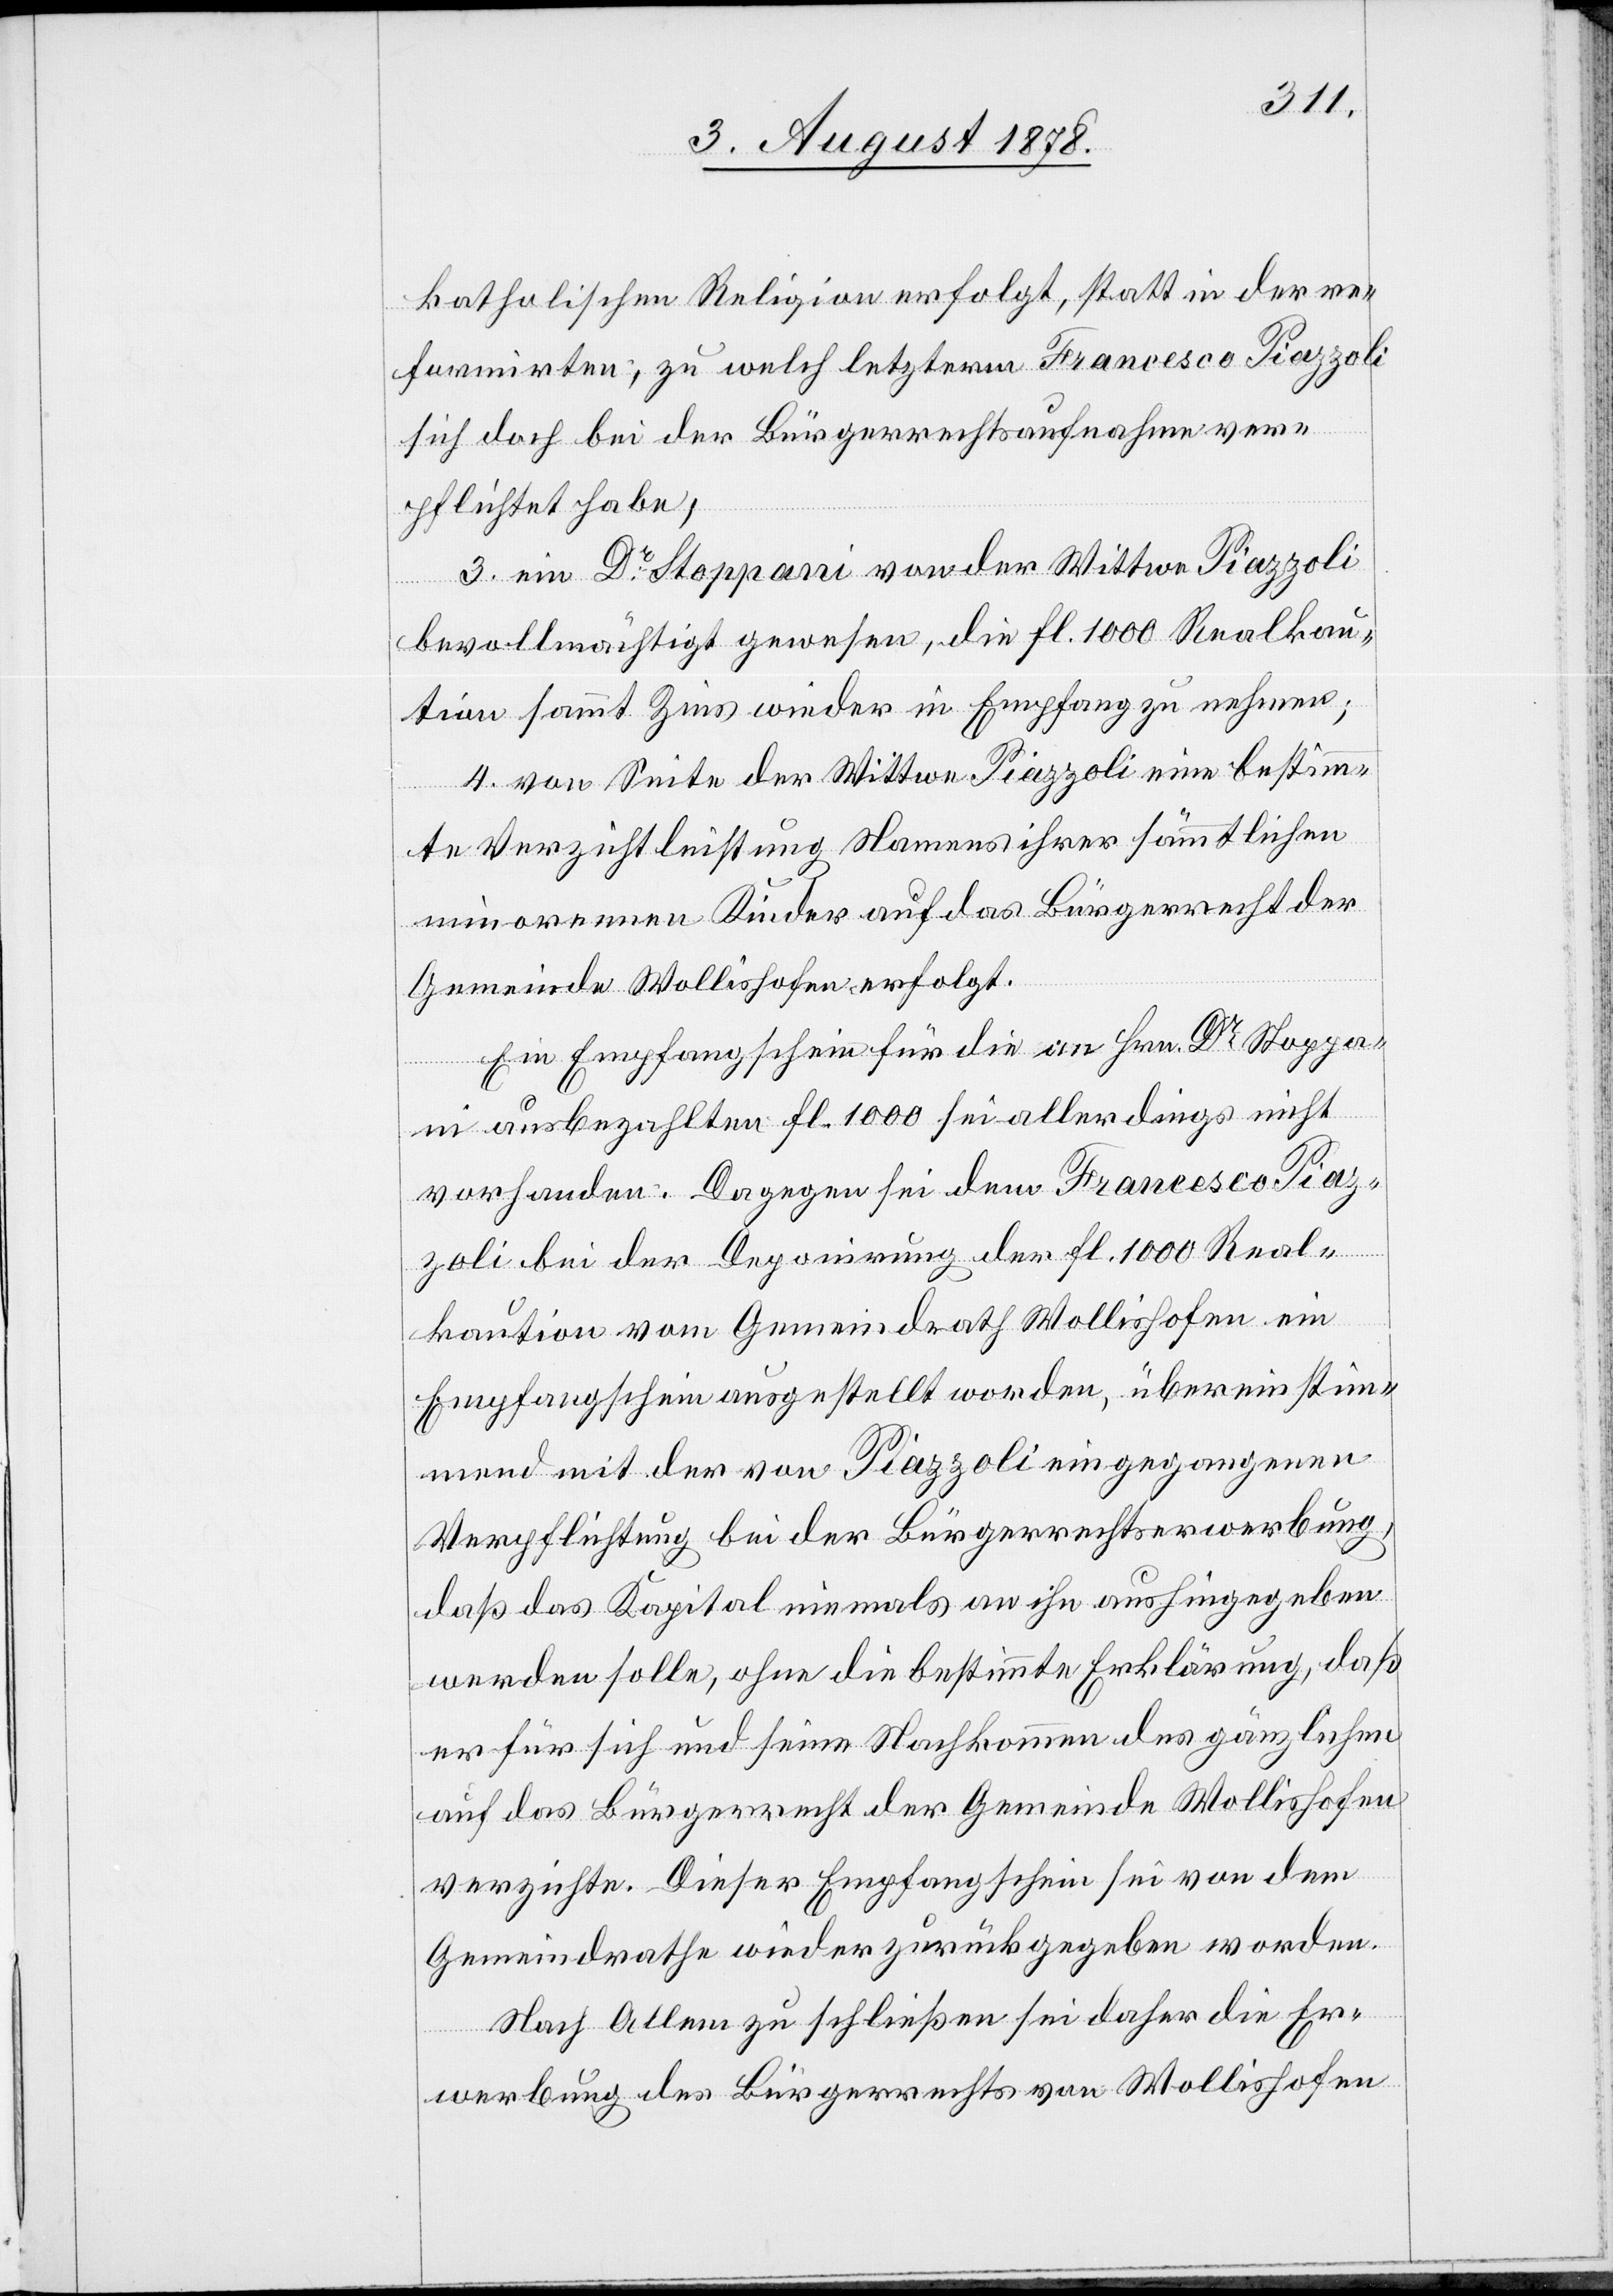
katholischen Religion erfolgt, statt in der re¬
formirten, zu welch letzterm Franceso Piazzoli
sich doch bei der Bürgerrechtsaufnahme ver¬
pflichtet habe;
3. ein Dr Stoppani von der Wittwe Piazzoli
bevollmächtigt gewesen, die Fl. 1000 Realkau¬
tion sammt Zins wieder in Empfang zu nehmen;
4. von Seite der Wittwe Piazzoli eine bestimm¬
te Verzichtleistung Namens ihrer sämmtlichen
minorennen Kinder auf das Bürgerrecht der
Gemeinde Wollishofen erfolgt.
Ein Empfangschein für die an Hrn. Dr Stoppa¬
n¬
i ausbezahlten Fl. 1000 sei allerdings nicht
vorhanden. Dagegen sei dem Francesco Piaz¬
zoli bei der Deponirung der Fl. 1000 Real¬
kaution vom Gemeindrath Wollishofen ein
Empfangschein ausgestellt werden, übereinstim¬
mend mit der von Piazzoli eingegangenen
Verpflichtung bei der Bürgerrechtserwerbung,
daß das Kapital niemals an ihn aushingegeben
werden solle, ohne die bestimmte Erklärung, daß
er für sich und seine Nachkommen des gänzlichen
auf das Bürgerrecht der Gemeinde Wollishofen
verzichte. Dieser Empfangschein sei von dem
Gemeindrathe wieder zurückgegeben worden.
Nach Allem zu schließen sei daher die Er¬
werbung des Bürgerrechts von Wollishofen